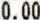
0.00